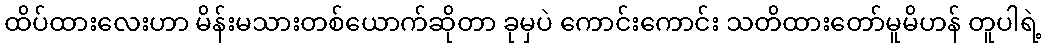
ထိပ်ထားလေးဟာ မိန်းမသားတစ်ယောက်ဆိုတာ ခုမှပဲ ကောင်းကောင်း သတိထားတော်မူမိဟန် တူပါရဲ့